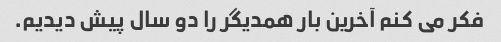
فکر می کنم آخرین بار همدیگر را دو سال پیش دیدیم.